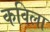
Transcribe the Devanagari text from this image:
कविला